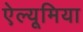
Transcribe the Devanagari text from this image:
ऐल्यूमिया